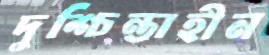
দুশ্চিন্তাহীন